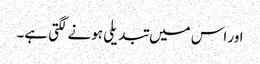
اور اس میں تبدیلی ہونے لگتی ہے۔